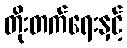
တိုးတက်ရေးနှင့်